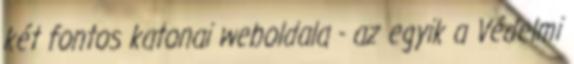
két fontos katonai weboldala - az egyik a Védelmi